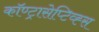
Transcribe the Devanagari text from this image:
कॉण्ट्रासेप्टिव्ह्स